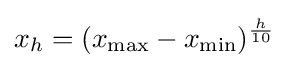
x_{h}=(x_{\text{max}}-x_{\text{min}})^{\frac {h}{10}}